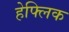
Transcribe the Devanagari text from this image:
हेफ्लिक